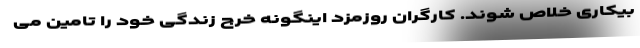
بیکاری خلاص شوند. کارگران روزمزد اینگونه خرج زندگی خود را تامین می